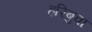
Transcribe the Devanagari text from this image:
हरिबुवा